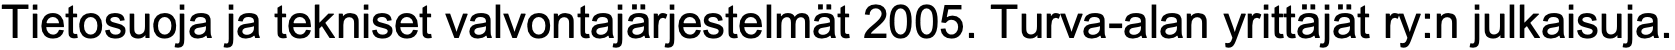
Tietosuoja ja tekniset valvontajärjestelmät 2005. Turva-alan yrittäjät ry:n julkaisuja.